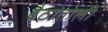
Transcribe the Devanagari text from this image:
बैठातोली